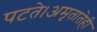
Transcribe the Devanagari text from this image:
पटते।अमृतातेही